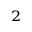
^ 2